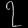
Digit: ၇